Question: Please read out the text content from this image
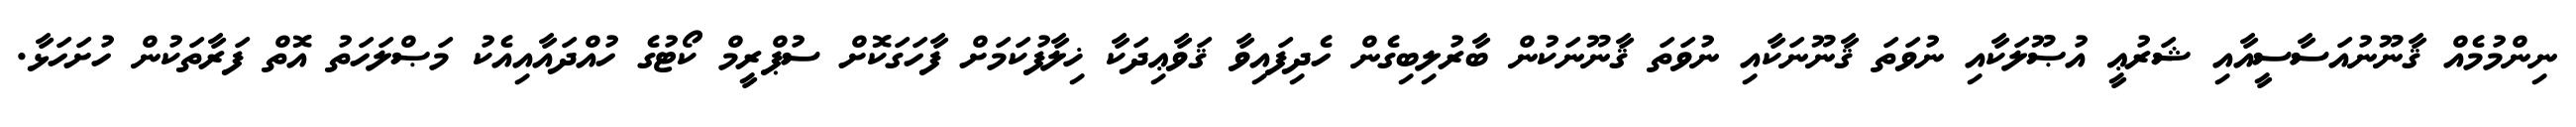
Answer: ނިންމުމެއް ޤާނޫނުއަސާސީއާއި ޝަރުޢީ އުޞޫލަކާއި ނުވަތަ ޤާނޫނަކާއި ނުވަތަ ޤާނޫނަކުން ބާރުލިބިގެން ހެދިފައިވާ ޤަވާޢިދަކާ ޚިލާފުކަމަށް ފާހަގަކޮށް ސުޕްރީމް ކޯޓުގެ ހުއްދައާއިއެކު މަޞްލަހަތު އޮތް ފަރާތަކުން ހުށަހަޅާ.